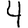
Digit: 4